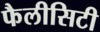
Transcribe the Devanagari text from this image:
फैलीसिटी